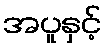
အပူနှင့်